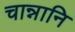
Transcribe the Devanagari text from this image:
चान्नानि